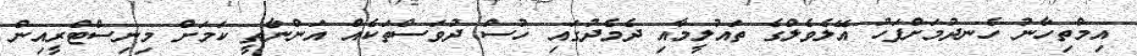
އިމްތިހާނު ހެނދުމަށްފަހު އޭލެވެލްގެ ތައުލީމާއި ދެމެދުގައި ހުސް ދުވަސްތަކެއް އަންނާތީ ކަމަށް މިނިސްޓްރީއިން